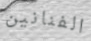
الفنانين